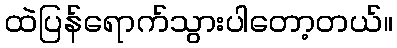
ထဲပြန်ရောက်သွားပါတော့တယ်။